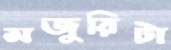
মজুরিটা